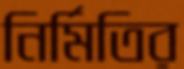
নির্মিতির